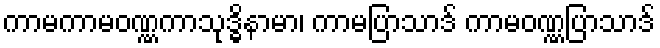
ကာမကာမဝဏ္ဏကာသုဒ္ဓိနာမာ၊ ကာမပြာသာဒ် ကာမဝဏ္ဏပြာသာဒ်